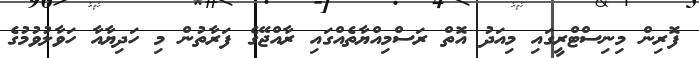
ފޮރިން މިނިސްޓްރީގައި މިއަދު އޮތް ރަސްމިއްޔާތެއްގައި ރާއްޖޭގެ ފަރާތުން މި ހަދިޔާއާ ހަވާލުވުމުގެ